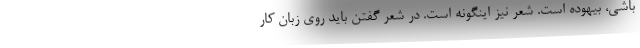
باشی، بیهوده است. شعر نیز اینگونه است. در شعر گفتن باید روی زبان کار